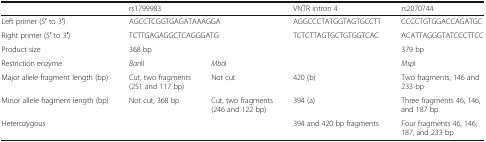
<table><thead><tr><td></td><td colspan="2"><b>rs1799983</b></td><td><b>VNTR intron 4</b></td><td><b>rs2070744</b></td></tr></thead><tbody><tr><td>Left primer (5′ to 3′)</td><td colspan="2">AGCCTCGGTGAGATAAAGGA</td><td>AGGCCCTATGGTAGTGCCTT</td><td>CCCCTGTGGACCAGATGC</td></tr><tr><td>Right primer (5′ to 3′)</td><td colspan="2">TCTTGAGAGGCTCAGGGATG</td><td>TCTCTTAGTGCTGTGGTCAC</td><td>ACATTAGGGTATCCCTTCC</td></tr><tr><td>Product size</td><td colspan="2">368 bp</td><td></td><td>379 bp</td></tr><tr><td>Restriction enzyme</td><td><i>Ban</i>II</td><td><i>Mbo</i>I</td><td></td><td><i>Msp</i>I</td></tr><tr><td>Major allele fragment length (bp)</td><td>Cut, two fragments (251 and 117 bp)</td><td>Not cut</td><td>420 (b)</td><td>Two fragments, 146 and 233 bp</td></tr><tr><td>Minor allele fragment length (bp)</td><td>Not cut, 368 bp</td><td>Cut, two fragments (246 and 122 bp)</td><td>394 (a)</td><td>Three fragments 46, 146, and 187 bp</td></tr><tr><td>Heterozygous</td><td></td><td></td><td>394 and 420 bp fragments</td><td>Four fragments 46, 146, 187, and 233 bp</td></tr></tbody></table>